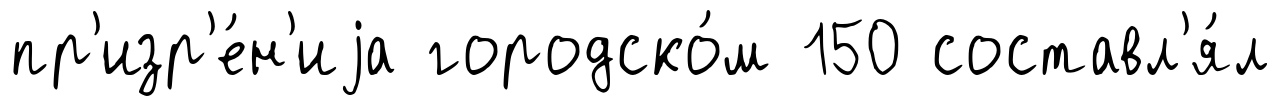
пр'изр'е́н'иjа городско́м 150 составл'я́л